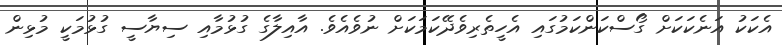
އެކަކު އަނެކަކަށް ގޯސްކަންކަމުގައި އެހީތެރިވެދޭކަމަކަށް ނުވެއެވެ. އާއިލާގެ ގުޅުމާއި ސިޔާސީ ގުުޅުމަކީ މުޅިން